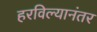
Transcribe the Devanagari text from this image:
हरविल्यानंतर